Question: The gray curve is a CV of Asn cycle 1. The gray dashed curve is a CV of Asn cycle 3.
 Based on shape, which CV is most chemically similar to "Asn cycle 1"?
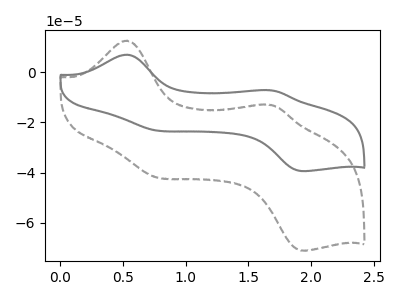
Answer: <think>The gray curve "Asn cycle 1" has anodic peaks at (0.55V, 6.95uA) (1.65V, -7.15uA) and cathodic peaks at (0.75V, -23.00uA) (1.95V, -39.40uA). The gray dashed curve "Asn cycle 3" has anodic peaks at (0.55V, 12.55uA) (1.65V, -12.90uA) and cathodic peaks at (0.75V, -41.45uA) (1.95V, -71.05uA).
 All the peaks in "Asn cycle 1" have a peak in "Asn cycle 3" at the same potential.</think>
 <answer>The CV with the most similar shape to "Asn cycle 3" is "Asn cycle 1".</answer>
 <eval>"Asn cycle 1"</eval>